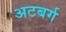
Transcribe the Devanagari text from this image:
अटबर्ग